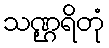
သဏ္ဌရိတုံ